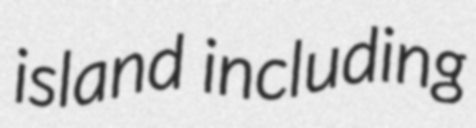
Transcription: island including